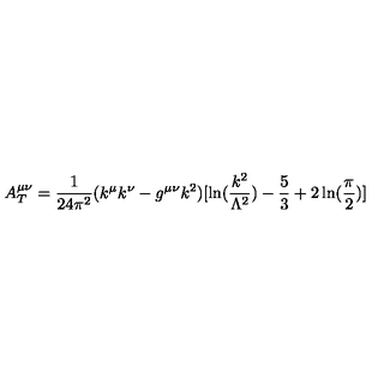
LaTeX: A _ { T } ^ { \mu \nu } = { \frac { 1 } { 2 4 \pi ^ { 2 } } } ( k ^ { \mu } k ^ { \nu } - g ^ { \mu \nu } k ^ { 2 } ) [ \ln ( { \frac { k ^ { 2 } } { \Lambda ^ { 2 } } } ) - \frac { 5 } { 3 } + 2 \ln ( { \frac { \pi } { 2 } } ) ]